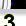
Digit: 3